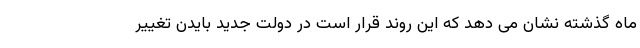
ماه گذشته نشان می دهد که این روند قرار است در دولت جدید بایدن تغییر